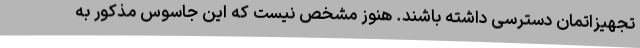
تجهیزاتمان دسترسی داشته باشند. هنوز مشخص نیست که این جاسوس مذکور به